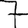
Digit: 7